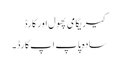
کیریگامی پھول اور کارڈ
سادہ پاپ اپ کارڈ۔